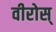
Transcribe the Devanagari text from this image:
वीरोस्